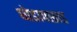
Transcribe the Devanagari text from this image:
घोडापछाड